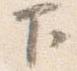
下